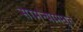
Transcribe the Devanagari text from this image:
सामन्यामधून